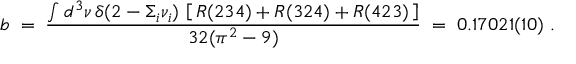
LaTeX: b \; = \; \frac { \int d ^ { 3 } \nu \, \delta ( 2 - \Sigma _ { i } \nu _ { i } ) \, \left[ \, R ( 2 3 4 ) + R ( 3 2 4 ) + R ( 4 2 3 ) \, \right] } { 3 2 ( \pi ^ { 2 } - 9 ) } \; = \; 0 . 1 7 0 2 1 ( 1 0 ) \ .